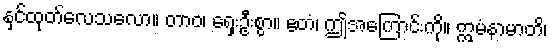
နှင်ထုတ်လေသလော။ တာဝ၊ ရှေးဦးစွာ။ ဧတံ၊ ဤအကြောင်းကို။ ဣမံနာမာတိ၊